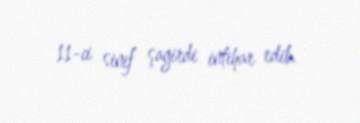
11-ci sinif şagirdi intihar edib.